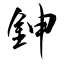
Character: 鉮